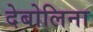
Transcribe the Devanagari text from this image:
देबोलिना